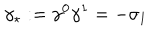
\gamma _ { \star } : = \gamma ^ { 0 } \gamma ^ { 1 } = - \sigma _ { 1 }